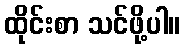
ထိုင်းစာ သင်ဖို့ပါ။